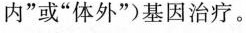
内”或”体外”)基因治疗。